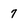
Character: 7